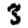
Digit: 3